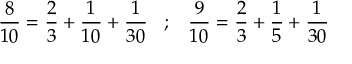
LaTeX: { \frac { 8 } { 1 0 } } = { \frac { 2 } { 3 } } + { \frac { 1 } { 1 0 } } + { \frac { 1 } { 3 0 } } \; \; \; ; \; \; \; { \frac { 9 } { 1 0 } } = { \frac { 2 } { 3 } } + { \frac { 1 } { 5 } } + { \frac { 1 } { 3 0 } }